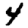
Digit: 4